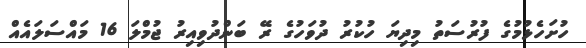
ހުށަހެޅުމުގެ ފުރުސަތު މިދިޔަ ހުކުރު ދުވަހުގެ ރޭ ބަންދުވިއިރު ޖުމްލަ 16 މައްސަލައެއް